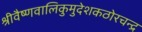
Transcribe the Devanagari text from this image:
श्रीवैष्णवालिकुमुदेशकठोरचन्द्र